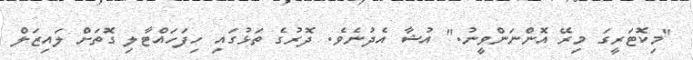
"މިކޮޓަރީގަ މިރޭ އޮންނަންވީނު." އުޝާ އެދުނެވެ. ދޮރުގެ ތަޅުގައި ހިފަހައްޓާލި ގޮތަށް ލައިޒަލް